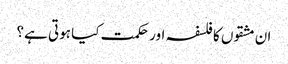
ان مشقوں کا فلسفہ اور حکمت کیا ہوتی ہے؟